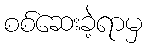
စစ်ဆေးခဲ့ရာမှ